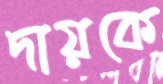
দায়কে